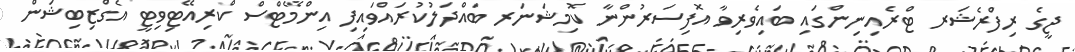
ޖީގެ ރިފްރެޝަރ ޓްރެއިނިންގައި ބައިވެރިވާ އޮފިސަރުންނާ ކޮމިޝަނަރ ބައްދަލުކުރައްވައިފި އިންމޭޓްސް ކްރިއޭޓިވިޓީ އެގްޒިބިޝަން